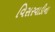
વિસરવાડીના